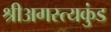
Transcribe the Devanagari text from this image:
श्रीअगस्त्यकुंड